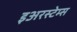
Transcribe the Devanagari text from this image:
इअरस्टेम्स